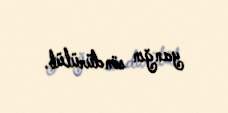
yanğın söndürülüb.